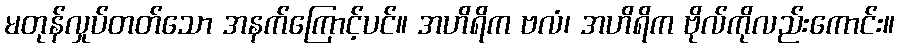
မတုန်လှုပ်တတ်သော အနက်ကြောင့်ပင်။ အဟိရိက ဗလံ၊ အဟိရိက ဗိုလ်ကိုလည်းကောင်း။